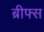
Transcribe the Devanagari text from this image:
ब्रीफ्स